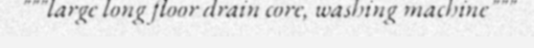
"""large long floor drain core, washing machine"""